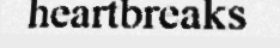
heartbreaks